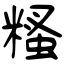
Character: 糔